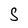
Character: S